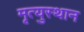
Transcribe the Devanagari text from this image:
मृत्युस्थान